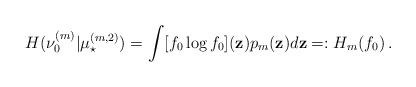
LaTeX: \begin{align*}H(\nu_0^{(m)} |\mu_\star^{(m,2)}) = \int [f_0 \log f_0] ({\bf z}) p_m ({\bf z}) d {\bf z} =: H_m(f_0) \,. \end{align*}